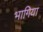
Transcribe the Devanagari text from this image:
भागिया